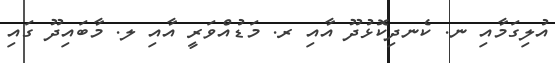
އުލިގަމާއި ނ. ކެނދިކޮޅުދޫ އާއި ރ. މަޑުއްވަރީ އާއި ލ. މާބައިދޫ ގައި